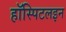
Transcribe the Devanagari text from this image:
हॉस्पिटलइन